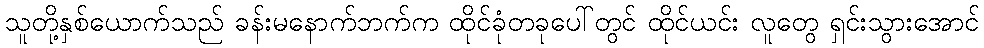
သူတို့နှစ်ယောက်သည် ခန်းမနောက်ဘက်က ထိုင်ခုံတခုပေါ်တွင် ထိုင်ယင်း လူတွေ ရှင်းသွားအောင်